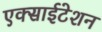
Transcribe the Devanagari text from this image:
एक्साईटेशन